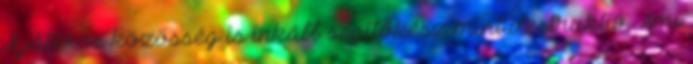
A játékos közösség is inkább segítőkész mint destruktív. Ami